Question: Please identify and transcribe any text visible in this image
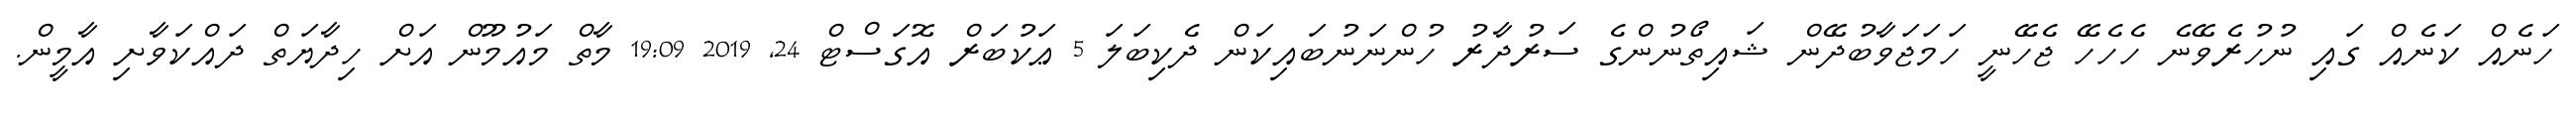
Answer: ހަނެއް ކަނެއް ގައި ނުހުރެވޭނެ ހެހެހޭ ޖެހޭނީ ހަމަޖަވާބުދޭން ޝައިތޯނުންގެ ސަރުދާރު ހުންނަނުބައިކަން ދެކިބަލަ 5 ޢަކުބަރް އޮގަސްޓް 24, 2019 19:09 މާތް މައުމޫން އަށް ހިދާޔަތް ދައްކަވާށި އާމީން.